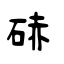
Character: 硳